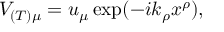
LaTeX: V _ { ( T ) \mu } = u _ { \mu } \exp ( - i k _ { \rho } x ^ { \rho } ) ,